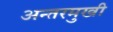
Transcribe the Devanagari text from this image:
अन्तरमुखी